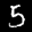
Label: 5